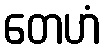
တေဟံ